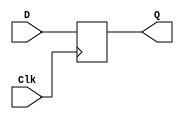
module DFF(Clk, D, Q);
input D, Clk;
output reg Q;

always @(posedge Clk)begin
Q = D;
end
endmodule

module DFF4(Clk, D, Q);
input Clk;
input [3:0] D;
output reg [3:0] Q;

always @(posedge Clk)begin
Q = D;
end
endmodule